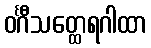
ဝင်္ဂီသတ္ထေရဂါထာ